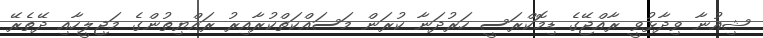
ޝިއުނާ ވިދާޅުވީ ރާއްޖޭގެ ޑިމޮކްރަސީ ހަރުދަނާ ކުރަން މަސައްކަތްކުރާއިރު ރައްޔިތުންގެ މަޖިލީހާއި ދޭތެރޭ